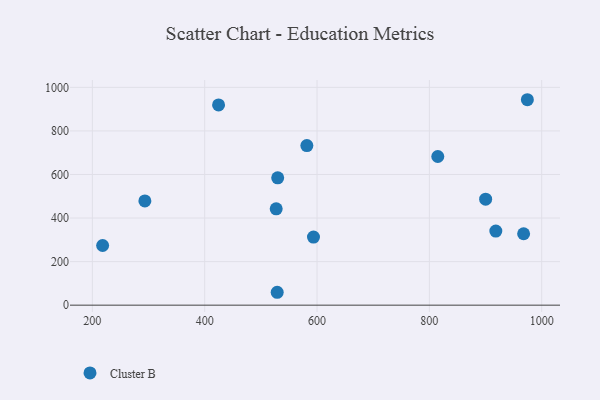
{"axis": {"x": "Speed", "y": "Profit"}, "legend": ["Cluster B"], "data": [{"x": "900.2", "y": 486.7, "type": "Cluster B"}, {"x": "218.3", "y": 274.0, "type": "Cluster B"}, {"x": "424.7", "y": 919.4, "type": "Cluster B"}, {"x": "581.9", "y": 732.5, "type": "Cluster B"}, {"x": "293.5", "y": 478.7, "type": "Cluster B"}, {"x": "529.1", "y": 59.2, "type": "Cluster B"}, {"x": "974.5", "y": 943.2, "type": "Cluster B"}, {"x": "918.3", "y": 340.2, "type": "Cluster B"}, {"x": "815.0", "y": 682.6, "type": "Cluster B"}, {"x": "967.8", "y": 327.8, "type": "Cluster B"}, {"x": "527.3", "y": 442.1, "type": "Cluster B"}, {"x": "593.7", "y": 312.8, "type": "Cluster B"}, {"x": "530.0", "y": 584.5, "type": "Cluster B"}]}